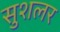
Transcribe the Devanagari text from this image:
सुशलर